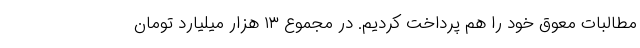
مطالبات معوق خود را هم پرداخت کردیم. در مجموع ۱۳ هزار میلیارد تومان